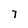
Character: 7